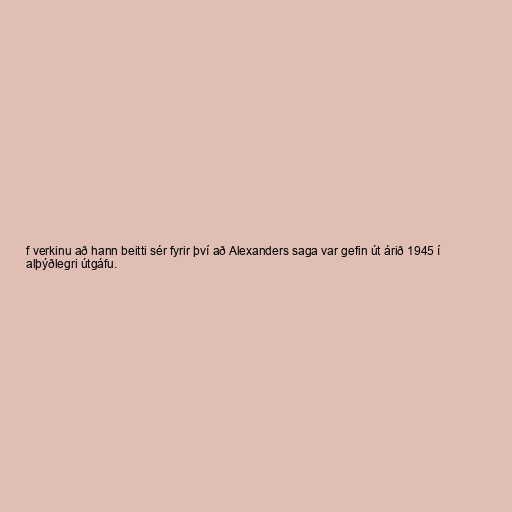
f verkinu að hann beitti sér fyrir því að Alexanders saga var gefin út árið 1945 í
alþýðlegri útgáfu.